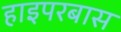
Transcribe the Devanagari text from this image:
हाइपरबास